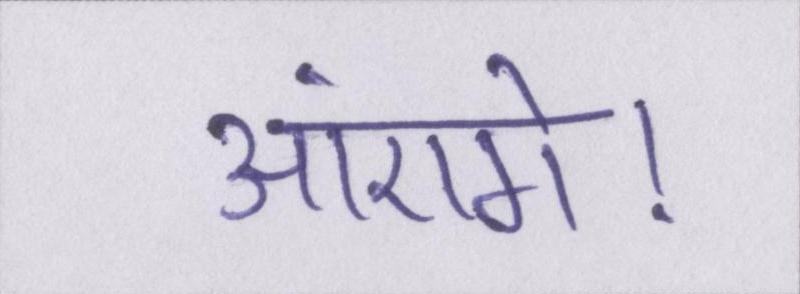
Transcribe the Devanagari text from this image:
आएंगे।